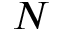
N